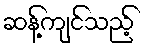
ဆန့်ကျင်သည့်